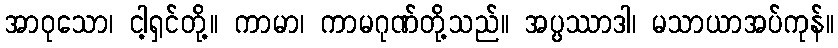
အာဝုသော၊ ငါ့ရှင်တို့။ ကာမာ၊ ကာမဂုဏ်တို့သည်။ အပ္ပဿာဒါ၊ မသာယာအပ်ကုန်။